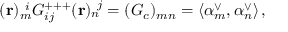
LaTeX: ( { \bf r } ) _ { m } ^ { ~ i } G _ { i j } ^ { + + + } ( { \bf r } ) _ { n } ^ { ~ j } = ( G _ { c } ) _ { m n } = \langle \alpha _ { m } ^ { \vee } , \alpha _ { n } ^ { \vee } \rangle \, ,